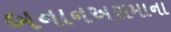
બનાનઅરામાના